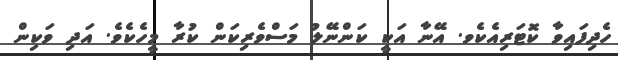
ހެދިފައިވާ ކޮޓަރިއެކެވ. އޭނާ އަކީ ކަންނޭލު މަސްވެރިކަން ކުރާ މީހެކެވެ. އަދި ވަކިން